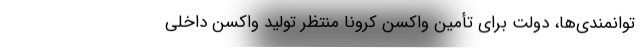
توانمندی‌ها، دولت برای تأمین واکسن کرونا منتظر تولید واکسن داخلی